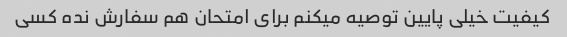
کیفیت خیلی پایین توصیه میکنم برای امتحان هم سفارش نده کسی